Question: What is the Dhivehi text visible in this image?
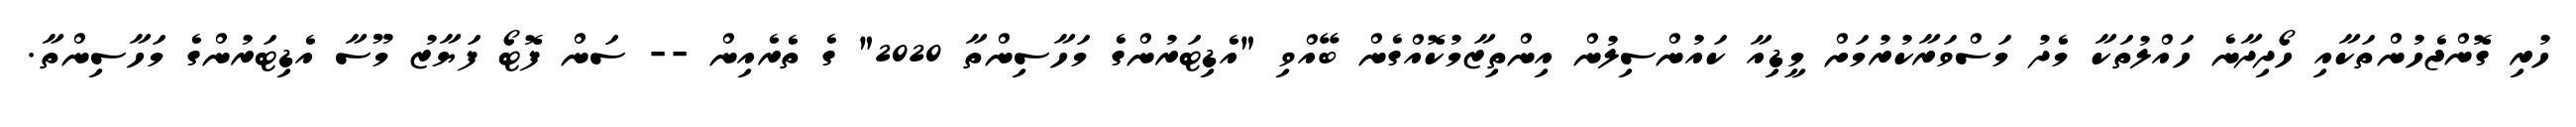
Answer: ހުރި ގޮންޖެހުންތަކާއި ހޯދިދާނެ ހައްލުތަކާ މެދު މަސްވަރާކުރުމަށް މީޑިއާ ކައުންސިލުން އިންތިޒާމުކޮއްގެން ބޭއްވި "އެޑިޓަރުންގެ މަހާސިންތާ 2020" ގެ ތެރެއިން -- ސަން ފޮޓޯ ފަޔާޒު މޫސާ އެޑިޓަރުންގެ މަހާސިންތާ.